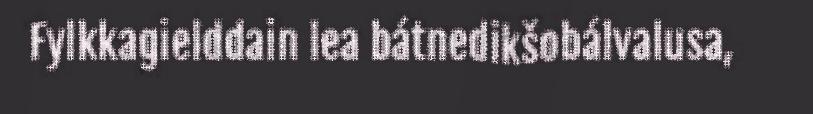
Fylkkagielddain lea bátnedikšobálvalusa,